Vaccination in Burma 1900-1911 - 1900-1911
Year: 1900
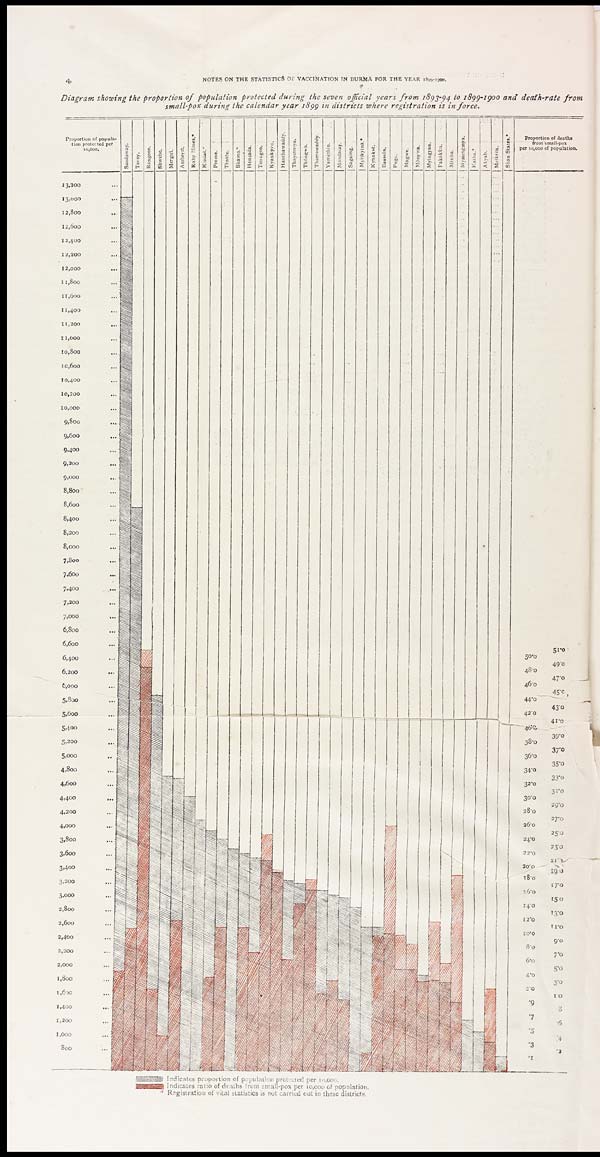
4
NOTES ON THE STATISTICS OF VACCINATION IN BURMA FOR THE YEAR 1899-1900.
Diagram showing the proportion of population protected during the seven official years from 1893-94 to 1899-1900 and death-rate
from
small-pox during the calendar year 1899 in districts where registration is in force.